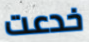
خدعت